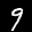
Label: 9